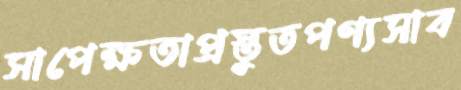
সাপেক্ষতাপ্রস্তুতপণ্যসাব